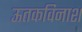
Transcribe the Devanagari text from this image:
ऊतकविनाश